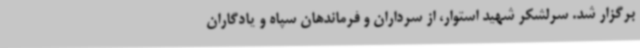
برگزار شد. سرلشکر شهید استوار، از سرداران و فرماندهان سپاه و یادگاران